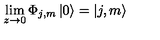
\lim _ { z \rightarrow 0 } \Phi _ { j , m } \left| 0 \right\rangle = \left| j , m \right\rangle